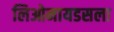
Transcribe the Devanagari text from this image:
लिओनायडसला